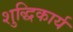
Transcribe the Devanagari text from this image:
शुद्धिकार्य